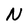
Character: N